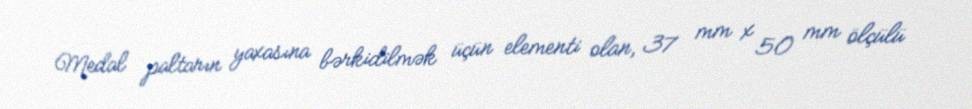
Medal paltarın yaxasına bərkidilmək üçün elementi olan, 37 mm x 50 mm ölçülü